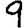
Digit: 9